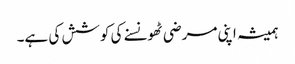
ہمیشہ اپنی مرضی ٹھونسنے کی کوشش کی ہے۔